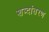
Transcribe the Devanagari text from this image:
शब्दांतरण